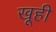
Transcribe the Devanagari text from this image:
खूही